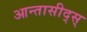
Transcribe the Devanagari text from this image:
आन्तासीद्स्